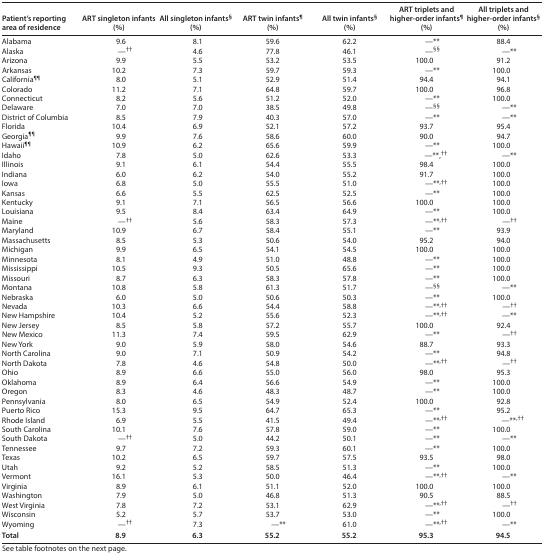
<table><thead><tr><td><b>Patient’s reporting area of residence</b></td><td><b>ART singleton infants (%)</b></td><td><b>All singleton infants<sup>§</sup> (%)</b></td><td><b>ART twin infants<sup>¶</sup> (%)</b></td><td><b>All twin infants<sup>§</sup> (%)</b></td><td><b>ART triplets and higher-order infants<sup>¶</sup> (%)</b></td><td><b>All triplets and higher-order infants<sup>§</sup> (%)</b></td></tr></thead><tbody><tr><td>Alabama</td><td>9.6</td><td>8.1</td><td>59.6</td><td>62.2</td><td>—**</td><td>88.4</td></tr><tr><td>Alaska</td><td>—<sup>††</sup></td><td>4.6</td><td>77.8</td><td>46.1</td><td>—<sup>§§</sup></td><td>—**</td></tr><tr><td>Arizona</td><td>9.9</td><td>5.5</td><td>53.2</td><td>53.5</td><td>100.0</td><td>91.2</td></tr><tr><td>Arkansas</td><td>10.2</td><td>7.3</td><td>59.7</td><td>59.3</td><td>—**</td><td>100.0</td></tr><tr><td>California<sup>¶¶</sup></td><td>8.0</td><td>5.1</td><td>52.9</td><td>51.4</td><td>94.4</td><td>94.1</td></tr><tr><td>Colorado</td><td>11.2</td><td>7.1</td><td>64.8</td><td>59.7</td><td>100.0</td><td>96.8</td></tr><tr><td>Connecticut</td><td>8.2</td><td>5.6</td><td>51.2</td><td>52.0</td><td>—**</td><td>100.0</td></tr><tr><td>Delaware</td><td>7.0</td><td>7.0</td><td>38.5</td><td>49.8</td><td>—<sup>§§</sup></td><td>—**</td></tr><tr><td>District of Columbia</td><td>8.5</td><td>7.9</td><td>40.3</td><td>57.0</td><td>—**</td><td>—**</td></tr><tr><td>Florida</td><td>10.4</td><td>6.9</td><td>52.1</td><td>57.2</td><td>93.7</td><td>95.4</td></tr><tr><td>Georgia<sup>¶¶</sup></td><td>9.9</td><td>7.6</td><td>58.6</td><td>60.0</td><td>90.0</td><td>94.7</td></tr><tr><td>Hawaii<sup>¶¶</sup></td><td>10.9</td><td>6.2</td><td>65.6</td><td>59.9</td><td>—**</td><td>100.0</td></tr><tr><td>Idaho</td><td>7.8</td><td>5.0</td><td>62.6</td><td>53.3</td><td>—**<sup>,††</sup></td><td>—**</td></tr><tr><td>Illinois</td><td>9.1</td><td>6.1</td><td>54.4</td><td>55.5</td><td>98.4</td><td>100.0</td></tr><tr><td>Indiana</td><td>6.0</td><td>6.2</td><td>54.0</td><td>55.2</td><td>91.7</td><td>100.0</td></tr><tr><td>Iowa</td><td>6.8</td><td>5.0</td><td>55.5</td><td>51.0</td><td>—**<sup>,††</sup></td><td>100.0</td></tr><tr><td>Kansas</td><td>6.6</td><td>5.5</td><td>62.5</td><td>52.5</td><td>—**</td><td>100.0</td></tr><tr><td>Kentucky</td><td>9.1</td><td>7.1</td><td>56.5</td><td>56.6</td><td>100.0</td><td>100.0</td></tr><tr><td>Louisiana</td><td>9.5</td><td>8.4</td><td>63.4</td><td>64.9</td><td>—**</td><td>100.0</td></tr><tr><td>Maine</td><td>—<sup>††</sup></td><td>5.6</td><td>58.3</td><td>57.3</td><td>—**<sup>,††</sup></td><td>—<sup>††</sup></td></tr><tr><td>Maryland</td><td>10.9</td><td>6.7</td><td>58.4</td><td>55.1</td><td>—**</td><td>93.9</td></tr><tr><td>Massachusetts</td><td>8.5</td><td>5.3</td><td>50.6</td><td>54.0</td><td>95.2</td><td>94.0</td></tr><tr><td>Michigan</td><td>9.9</td><td>6.5</td><td>54.1</td><td>54.5</td><td>100.0</td><td>100.0</td></tr><tr><td>Minnesota</td><td>8.1</td><td>4.9</td><td>51.0</td><td>48.8</td><td>—**</td><td>100.0</td></tr><tr><td>Mississippi</td><td>10.5</td><td>9.3</td><td>50.5</td><td>65.6</td><td>—**</td><td>100.0</td></tr><tr><td>Missouri</td><td>8.7</td><td>6.3</td><td>58.3</td><td>57.8</td><td>—**</td><td>100.0</td></tr><tr><td>Montana</td><td>10.8</td><td>5.8</td><td>61.3</td><td>51.7</td><td>—<sup>§§</sup></td><td>—**</td></tr><tr><td>Nebraska</td><td>6.0</td><td>5.0</td><td>50.6</td><td>50.3</td><td>—**</td><td>100.0</td></tr><tr><td>Nevada</td><td>10.3</td><td>6.6</td><td>54.4</td><td>58.8</td><td>—**<sup>,††</sup></td><td>—<sup>††</sup></td></tr><tr><td>New Hampshire</td><td>10.4</td><td>5.2</td><td>55.6</td><td>52.3</td><td>—**<sup>,††</sup></td><td>—**</td></tr><tr><td>New Jersey</td><td>8.5</td><td>5.8</td><td>57.2</td><td>55.7</td><td>100.0</td><td>92.4</td></tr><tr><td>New Mexico</td><td>11.3</td><td>7.4</td><td>59.5</td><td>62.9</td><td>—**</td><td>—<sup>††</sup></td></tr><tr><td>New York</td><td>9.0</td><td>5.9</td><td>58.0</td><td>54.6</td><td>88.7</td><td>93.3</td></tr><tr><td>North Carolina</td><td>9.0</td><td>7.1</td><td>50.9</td><td>54.2</td><td>—**</td><td>94.8</td></tr><tr><td>North Dakota</td><td>7.8</td><td>4.6</td><td>54.8</td><td>50.0</td><td>—**<sup>,††</sup></td><td>—<sup>††</sup></td></tr><tr><td>Ohio</td><td>8.9</td><td>6.6</td><td>55.0</td><td>56.0</td><td>98.0</td><td>95.3</td></tr><tr><td>Oklahoma</td><td>8.9</td><td>6.4</td><td>56.6</td><td>54.9</td><td>—**</td><td>100.0</td></tr><tr><td>Oregon</td><td>8.3</td><td>4.6</td><td>48.3</td><td>48.7</td><td>—**</td><td>100.0</td></tr><tr><td>Pennsylvania</td><td>8.0</td><td>6.5</td><td>54.9</td><td>52.4</td><td>100.0</td><td>92.8</td></tr><tr><td>Puerto Rico</td><td>15.3</td><td>9.5</td><td>64.7</td><td>65.3</td><td>—**</td><td>95.2</td></tr><tr><td>Rhode Island</td><td>6.9</td><td>5.5</td><td>41.5</td><td>49.4</td><td>—**<sup>,††</sup></td><td>—**<sup>,††</sup></td></tr><tr><td>South Carolina</td><td>10.1</td><td>7.6</td><td>57.8</td><td>59.0</td><td>—**</td><td>100.0</td></tr><tr><td>South Dakota</td><td>—<sup>††</sup></td><td>5.0</td><td>44.2</td><td>50.1</td><td>—**</td><td>—**</td></tr><tr><td>Tennessee</td><td>9.7</td><td>7.2</td><td>59.3</td><td>60.1</td><td>—**</td><td>100.0</td></tr><tr><td>Texas</td><td>10.2</td><td>6.5</td><td>59.7</td><td>57.5</td><td>93.5</td><td>98.0</td></tr><tr><td>Utah</td><td>9.2</td><td>5.2</td><td>58.5</td><td>51.3</td><td>—**</td><td>100.0</td></tr><tr><td>Vermont</td><td>16.1</td><td>5.3</td><td>50.0</td><td>46.4</td><td>—**<sup>,††</sup></td><td>—**</td></tr><tr><td>Virginia</td><td>8.9</td><td>6.1</td><td>51.1</td><td>52.0</td><td>100.0</td><td>100.0</td></tr><tr><td>Washington</td><td>7.9</td><td>5.0</td><td>46.8</td><td>51.3</td><td>90.5</td><td>88.5</td></tr><tr><td>West Virginia</td><td>7.8</td><td>7.2</td><td>53.1</td><td>62.9</td><td>—**<sup>,††</sup></td><td>—<sup>††</sup></td></tr><tr><td>Wisconsin</td><td>5.2</td><td>5.7</td><td>53.7</td><td>53.0</td><td>—**</td><td>100.0</td></tr><tr><td>Wyoming</td><td>—<sup>††</sup></td><td>7.3</td><td>—**</td><td>61.0</td><td>—**<sup>,††</sup></td><td>—**</td></tr><tr><td><b>Total</b></td><td><b>8.9</b></td><td><b>6.3</b></td><td><b>55.2</b></td><td><b>55.2</b></td><td><b>95.3</b></td><td><b>94.5</b></td></tr></tbody></table>